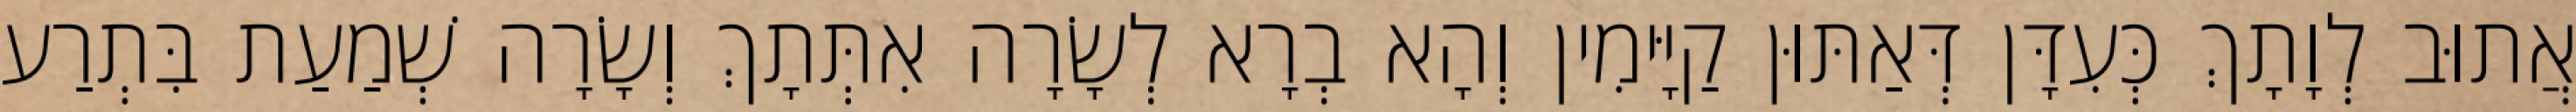
אֲתוּב לְוָתָךְ כְּעִדָּן דְּאַתּוּן קַיָּימִין וְהָא בְרָא לְשָׂרָה אִתְּתָךְ וְשָׂרָה שְׁמַעַת בִּתְרַע